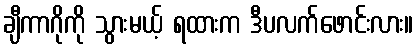
ချီကာဂိုကို သွားမယ့် ရထားက ဒီပလက်ဖောင်းလား။